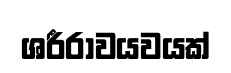
ශරීරාවයවයක්